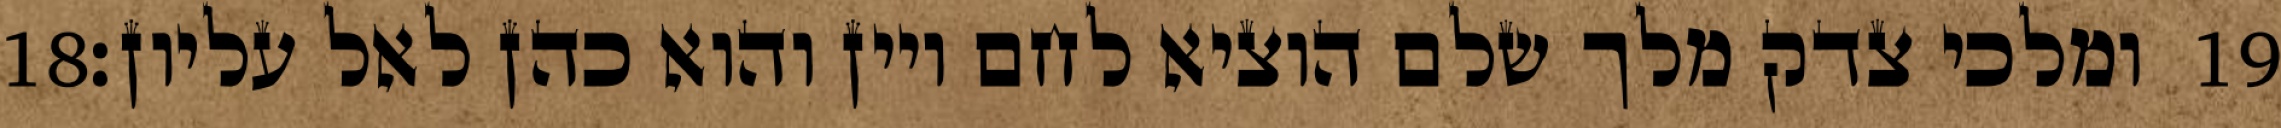
‎18‏ ומלכי צדק מלך שלם הוציא לחם ויין והוא כהן לאל עליון׃ ‎19‏